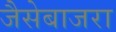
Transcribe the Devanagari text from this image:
जैसेबाजरा